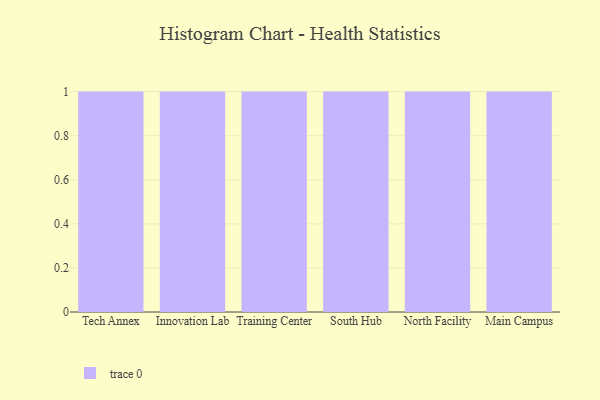
{"axis": {"x": "Campus", "y": "Demand Index"}, "legend": [""], "data": [{"x": "Tech Annex", "y": 82, "type": ""}, {"x": "Innovation Lab", "y": 52, "type": ""}, {"x": "Training Center", "y": 20, "type": ""}, {"x": "South Hub", "y": 22, "type": ""}, {"x": "North Facility", "y": 5, "type": ""}, {"x": "Main Campus", "y": 41, "type": ""}]}